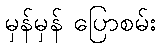
မှန်မှန် ပြောစမ်း